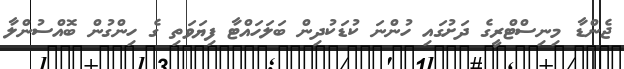
ޖެންޑާ މިނިސްޓްރީގެ ދަށުގައި ހުންނަ ކުޑަކުދިން ބަލަހައްޓާ ފިޔަވަތި ގެ ހިންގުން ބޮއްސުންލާ